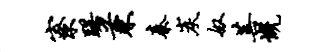
寮躇兼秦炭奴菩慨